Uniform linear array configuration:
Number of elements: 12
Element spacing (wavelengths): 1
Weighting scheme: exponential
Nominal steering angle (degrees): -30
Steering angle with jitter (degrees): -31.506
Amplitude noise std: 0.05
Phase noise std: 0.05

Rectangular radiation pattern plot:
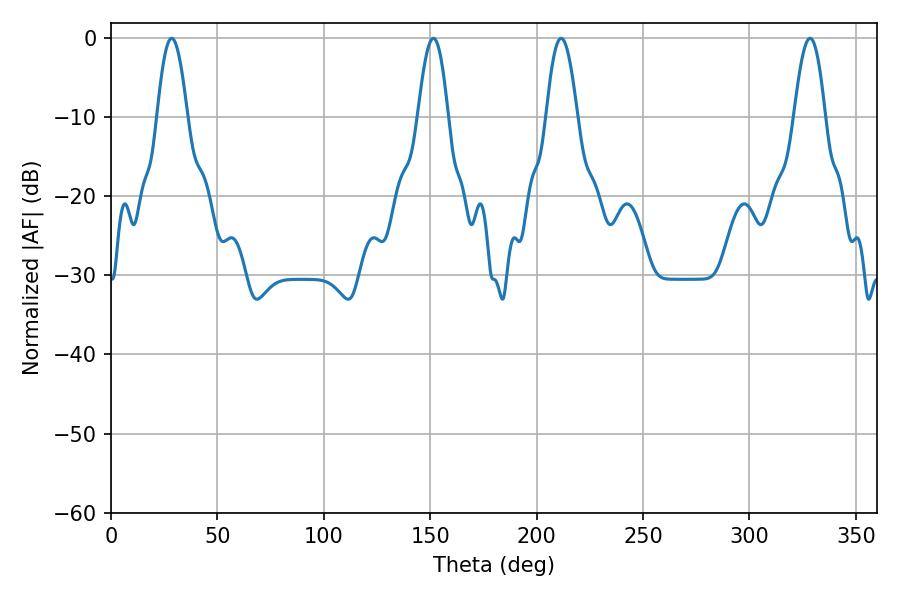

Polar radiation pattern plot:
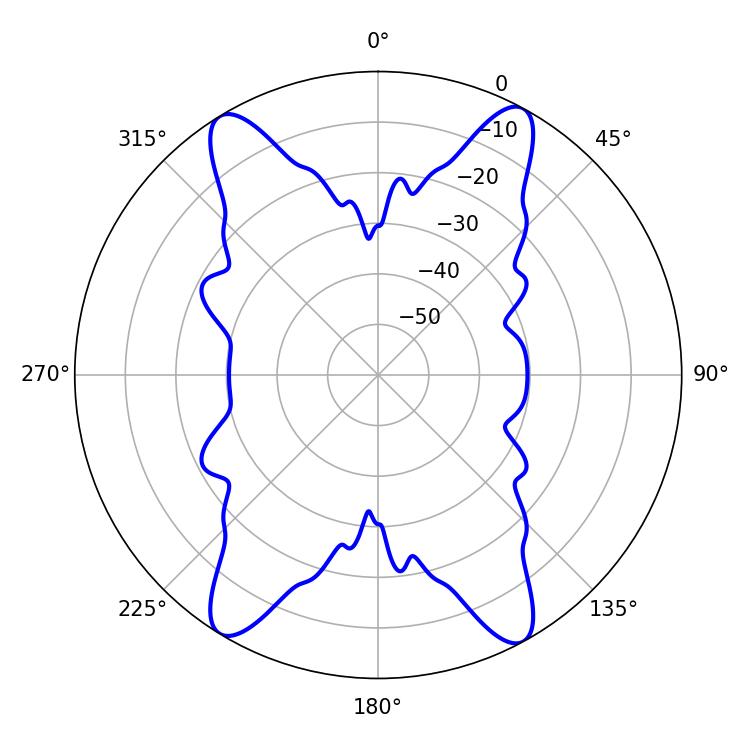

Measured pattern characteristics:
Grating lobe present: TRUE
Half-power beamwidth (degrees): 7.74
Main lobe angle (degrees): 211.5